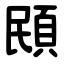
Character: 䪸